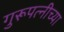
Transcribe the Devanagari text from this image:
गुरूपत्नीच्या